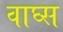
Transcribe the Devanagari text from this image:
वाघ्स